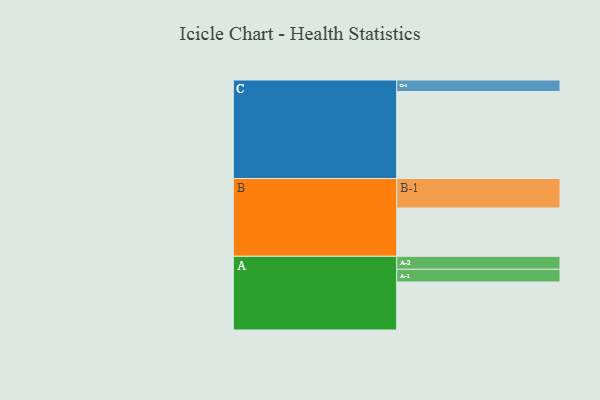
{"axis": {"x": "Segment", "y": "Value"}, "legend": ["", "A", "B", "C"], "data": [{"x": "A", "y": 329, "type": ""}, {"x": "B", "y": 331, "type": ""}, {"x": "C", "y": 596, "type": ""}, {"x": "A-1", "y": 87, "type": "A"}, {"x": "A-2", "y": 89, "type": "A"}, {"x": "B-1", "y": 202, "type": "B"}, {"x": "C-1", "y": 79, "type": "C"}]}